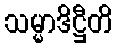
သမ္မာဒိဋ္ဌီတိ